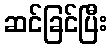
ဆင်ခြင်ပြီး